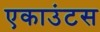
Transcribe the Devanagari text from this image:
एकाउंटस